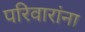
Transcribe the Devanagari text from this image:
परिवारांना